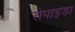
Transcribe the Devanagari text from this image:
सेपाइडा